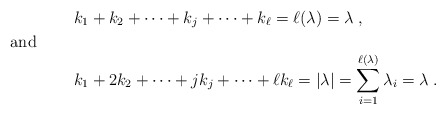
\begin{align*} & k_1+ k_2 + \cdots + k_j + \cdots + k_{\ell} = \ell(\lambda)=\lambda \;, \\ \noalign{and} & k_1 + 2 k_2 + \cdots + j k_j + \cdots + \ell k_{\ell} = |\lambda| = \sum_{i=1}^{\ell(\lambda)}\lambda_i = \lambda \;. \end{align*}